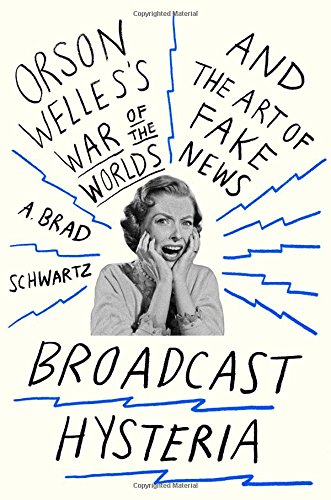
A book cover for Broadcast Hysteria: Orson Welles's War of the Worlds and the Art of Fake News; A. Brad Schwartz; Humor & Entertainment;